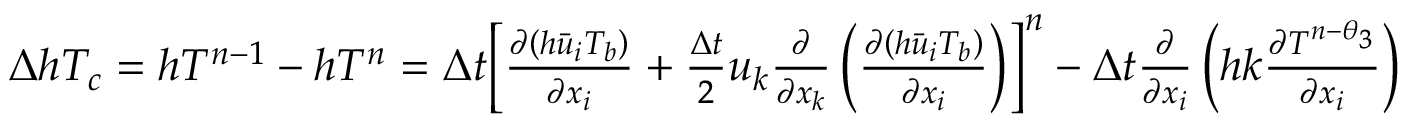
\begin{array} { r } { \Delta h { { T } _ { c } } = h { { T } ^ { n - 1 } } - h { { T } ^ { n } } = \Delta t { { \left[ \frac { \partial \left( h { { { \bar { u } } } _ { i } } T _ { b } \right) } { \partial { { x } _ { i } } } + \frac { \Delta t } { 2 } { { u } _ { k } } \frac { \partial } { \partial { { x } _ { k } } } \left( \frac { \partial \left( h { { { \bar { u } } } _ { i } } T _ { b } \right) } { \partial { { x } _ { i } } } \right) \right] } ^ { n } } - \Delta t \frac { \partial } { \partial { { x } _ { i } } } \left( h k \frac { \partial { { T } ^ { n - { { \theta } _ { 3 } } } } } { \partial { { x } _ { i } } } \right) } \end{array}